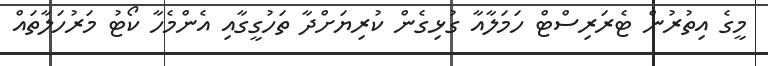
މީގެ އިތުރުން ޓެރަރިސްޓް ހަމަލާއާ ގުޅިގެން ކުރިޔަށްދާ ތަހުގީގާއި އެންމެހާ ކޯޓު މަރުހަލާތައް